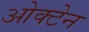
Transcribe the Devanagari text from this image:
ओक्टेन